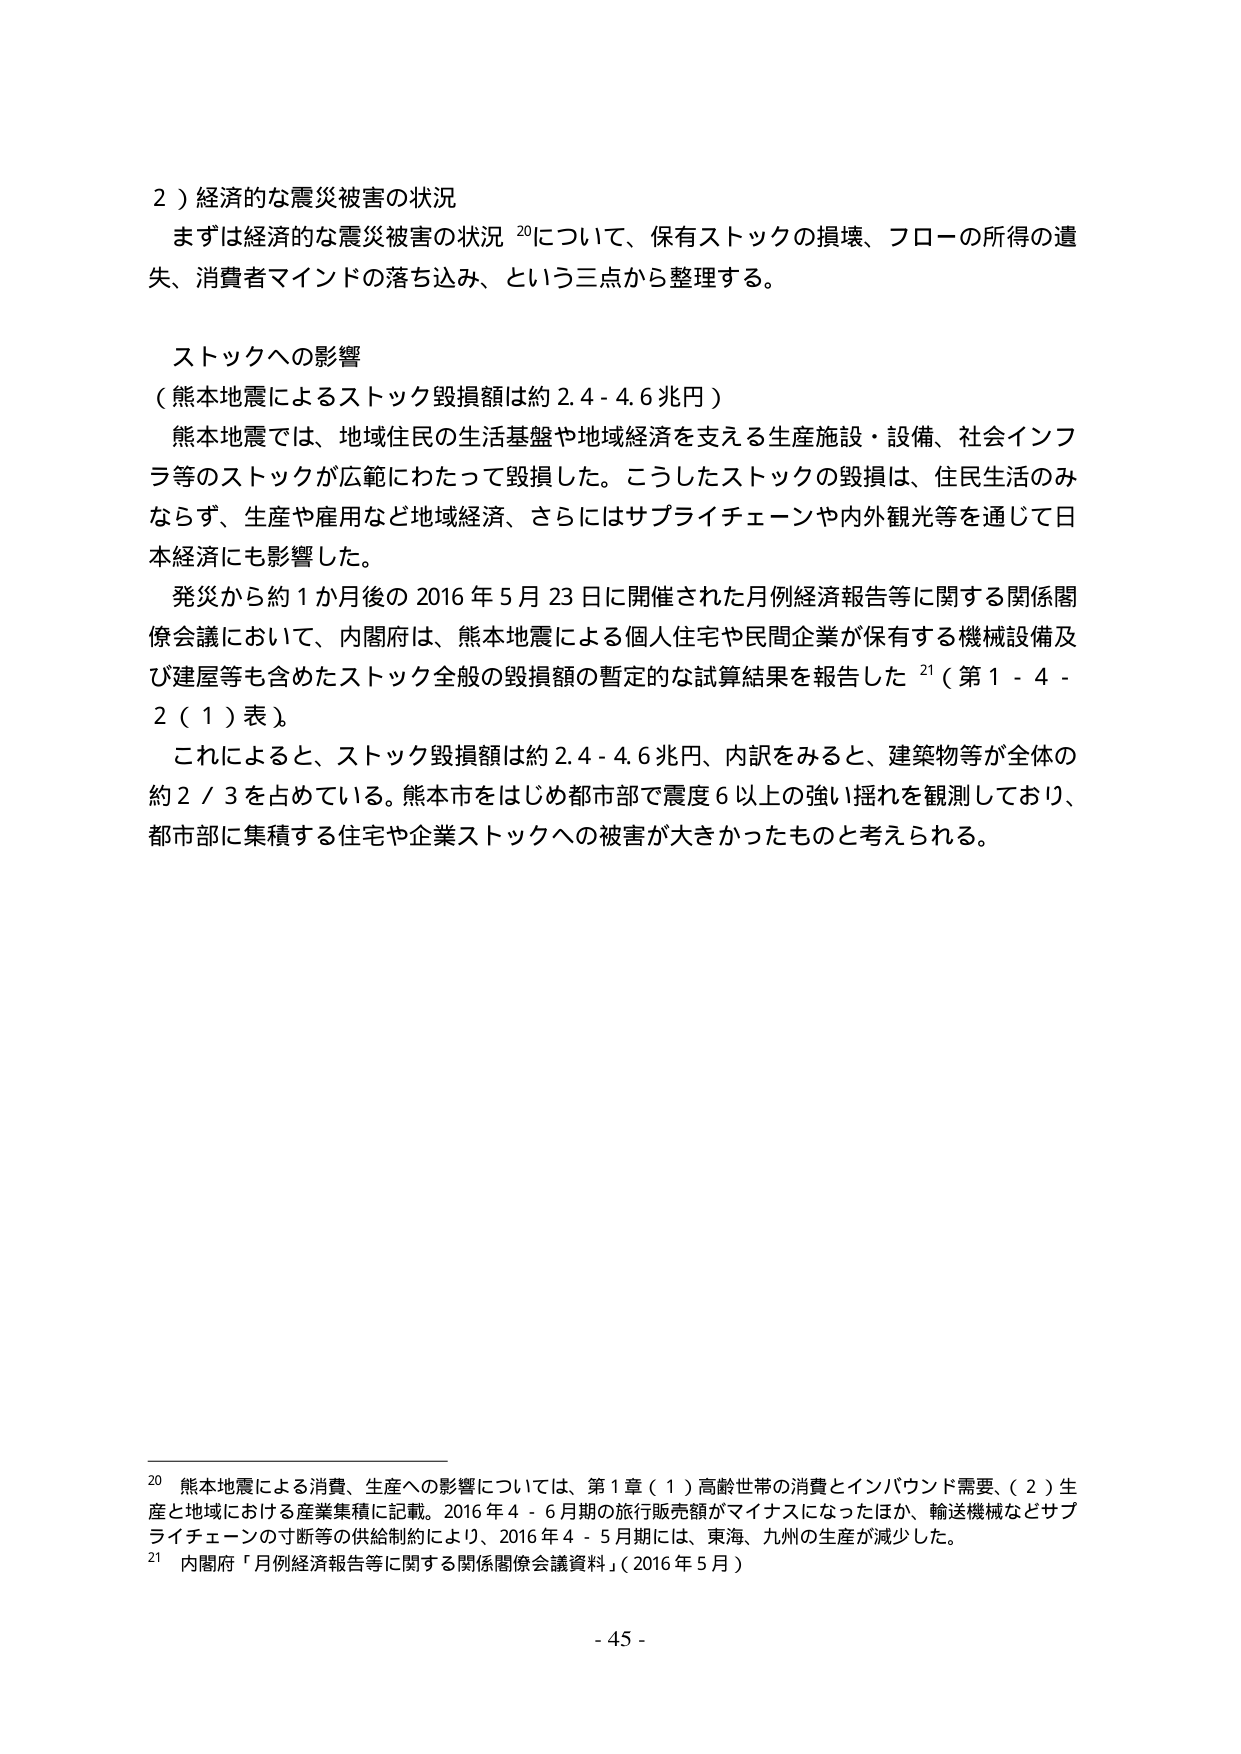
2）経済的な震災被害の状況
まずは経済的な震災被害の状況 20について、保有ストックの損壊、フローの所得の遺失、消費者マインドの落ち込み、という三点から整理する。

ストックへの影響
（熊本地震によるストック毀損額は約 2.4 - 4.6 兆円）
熊本地震では、地域住民の生活基盤や地域経済を支える生産施設・設備、社会インフラ等のストックが広範にわたって毀損した。こうしたストックの毀損は、住民生活のみならず、生産や雇用など地域経済、さらにはサプライチェーンや内外観光等を通じて日本経済にも影響した。
発災から約1か月後の2016年5月23日に開催された月例経済報告等に関する関係閣僚会議において、内閣府は、熊本地震による個人住宅や民間企業が保有する機械設備及び建屋等も含めたストック全般の毀損額の暫定的な試算結果を報告した 21（第1-4-2（1）表）。
これによる、ストック毀損額は約2.4-4.6兆円、内訳をみると、建築物等が全体の約2/3を占めている。熊本市をはじめ都市部で震度6以上の強い揺れを観測しており、都市部に集積する住宅や企業ストックへの被害が大きかったものと考えられる。

20 熊本地震による消費、生産への影響については、第1章（1）高齢世帯の消費とインバウンド需要、（2）生産と地域における産業集積に記載。2016年4-6月期の旅行販売額がマイナスになったほか、輸送機械などサプライチェーンの寸断等の供給制約により、2016年4-5月期には、東海、九州の生産が減少した。
21 内閣府「月例経済報告等に関する関係閣僚会議資料」（2016年5月）

- 45 -